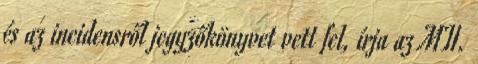
és az incidensről jegyzőkönyvet vett fel, írja az MTI.